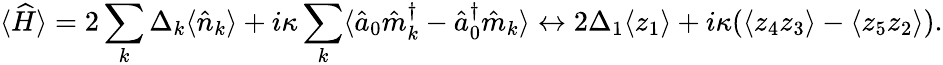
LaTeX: \langle\widehat{H}\rangle=2\sum_{k}\Delta_{k}\langle\hat{n}_{k}\rangle+i\kappa\sum_{k}\langle\hat{a}_{0}\hat{m}_{k}^{\dagger}-\hat{a}_{0}^{\dagger}\hat{m}_{k}\rangle\leftrightarrow 2\Delta_{1}\langle z_{1}\rangle+i\kappa(\langle z_{4}z_{3}\rangle-\langle z_{5}z_{2}\rangle).